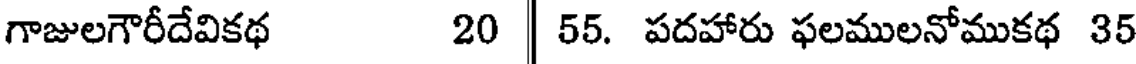
గాజులగౌరీదేవికథ 20 | 55. పదహారు ఫలములనోముకథ 35